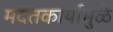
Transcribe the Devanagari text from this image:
मदतकार्यामुळे